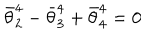
\bar { \theta } _ { 2 } ^ { 4 } - \bar { \theta } _ { 3 } ^ { 4 } + \bar { \theta } _ { 4 } ^ { 4 } = 0